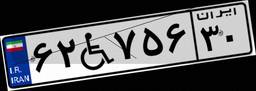
۶۲W۷۵۶۳۰